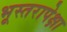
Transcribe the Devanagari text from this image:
भूस्तरापेक्षा